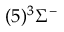
( 5 ) ^ { 3 } \Sigma ^ { - }